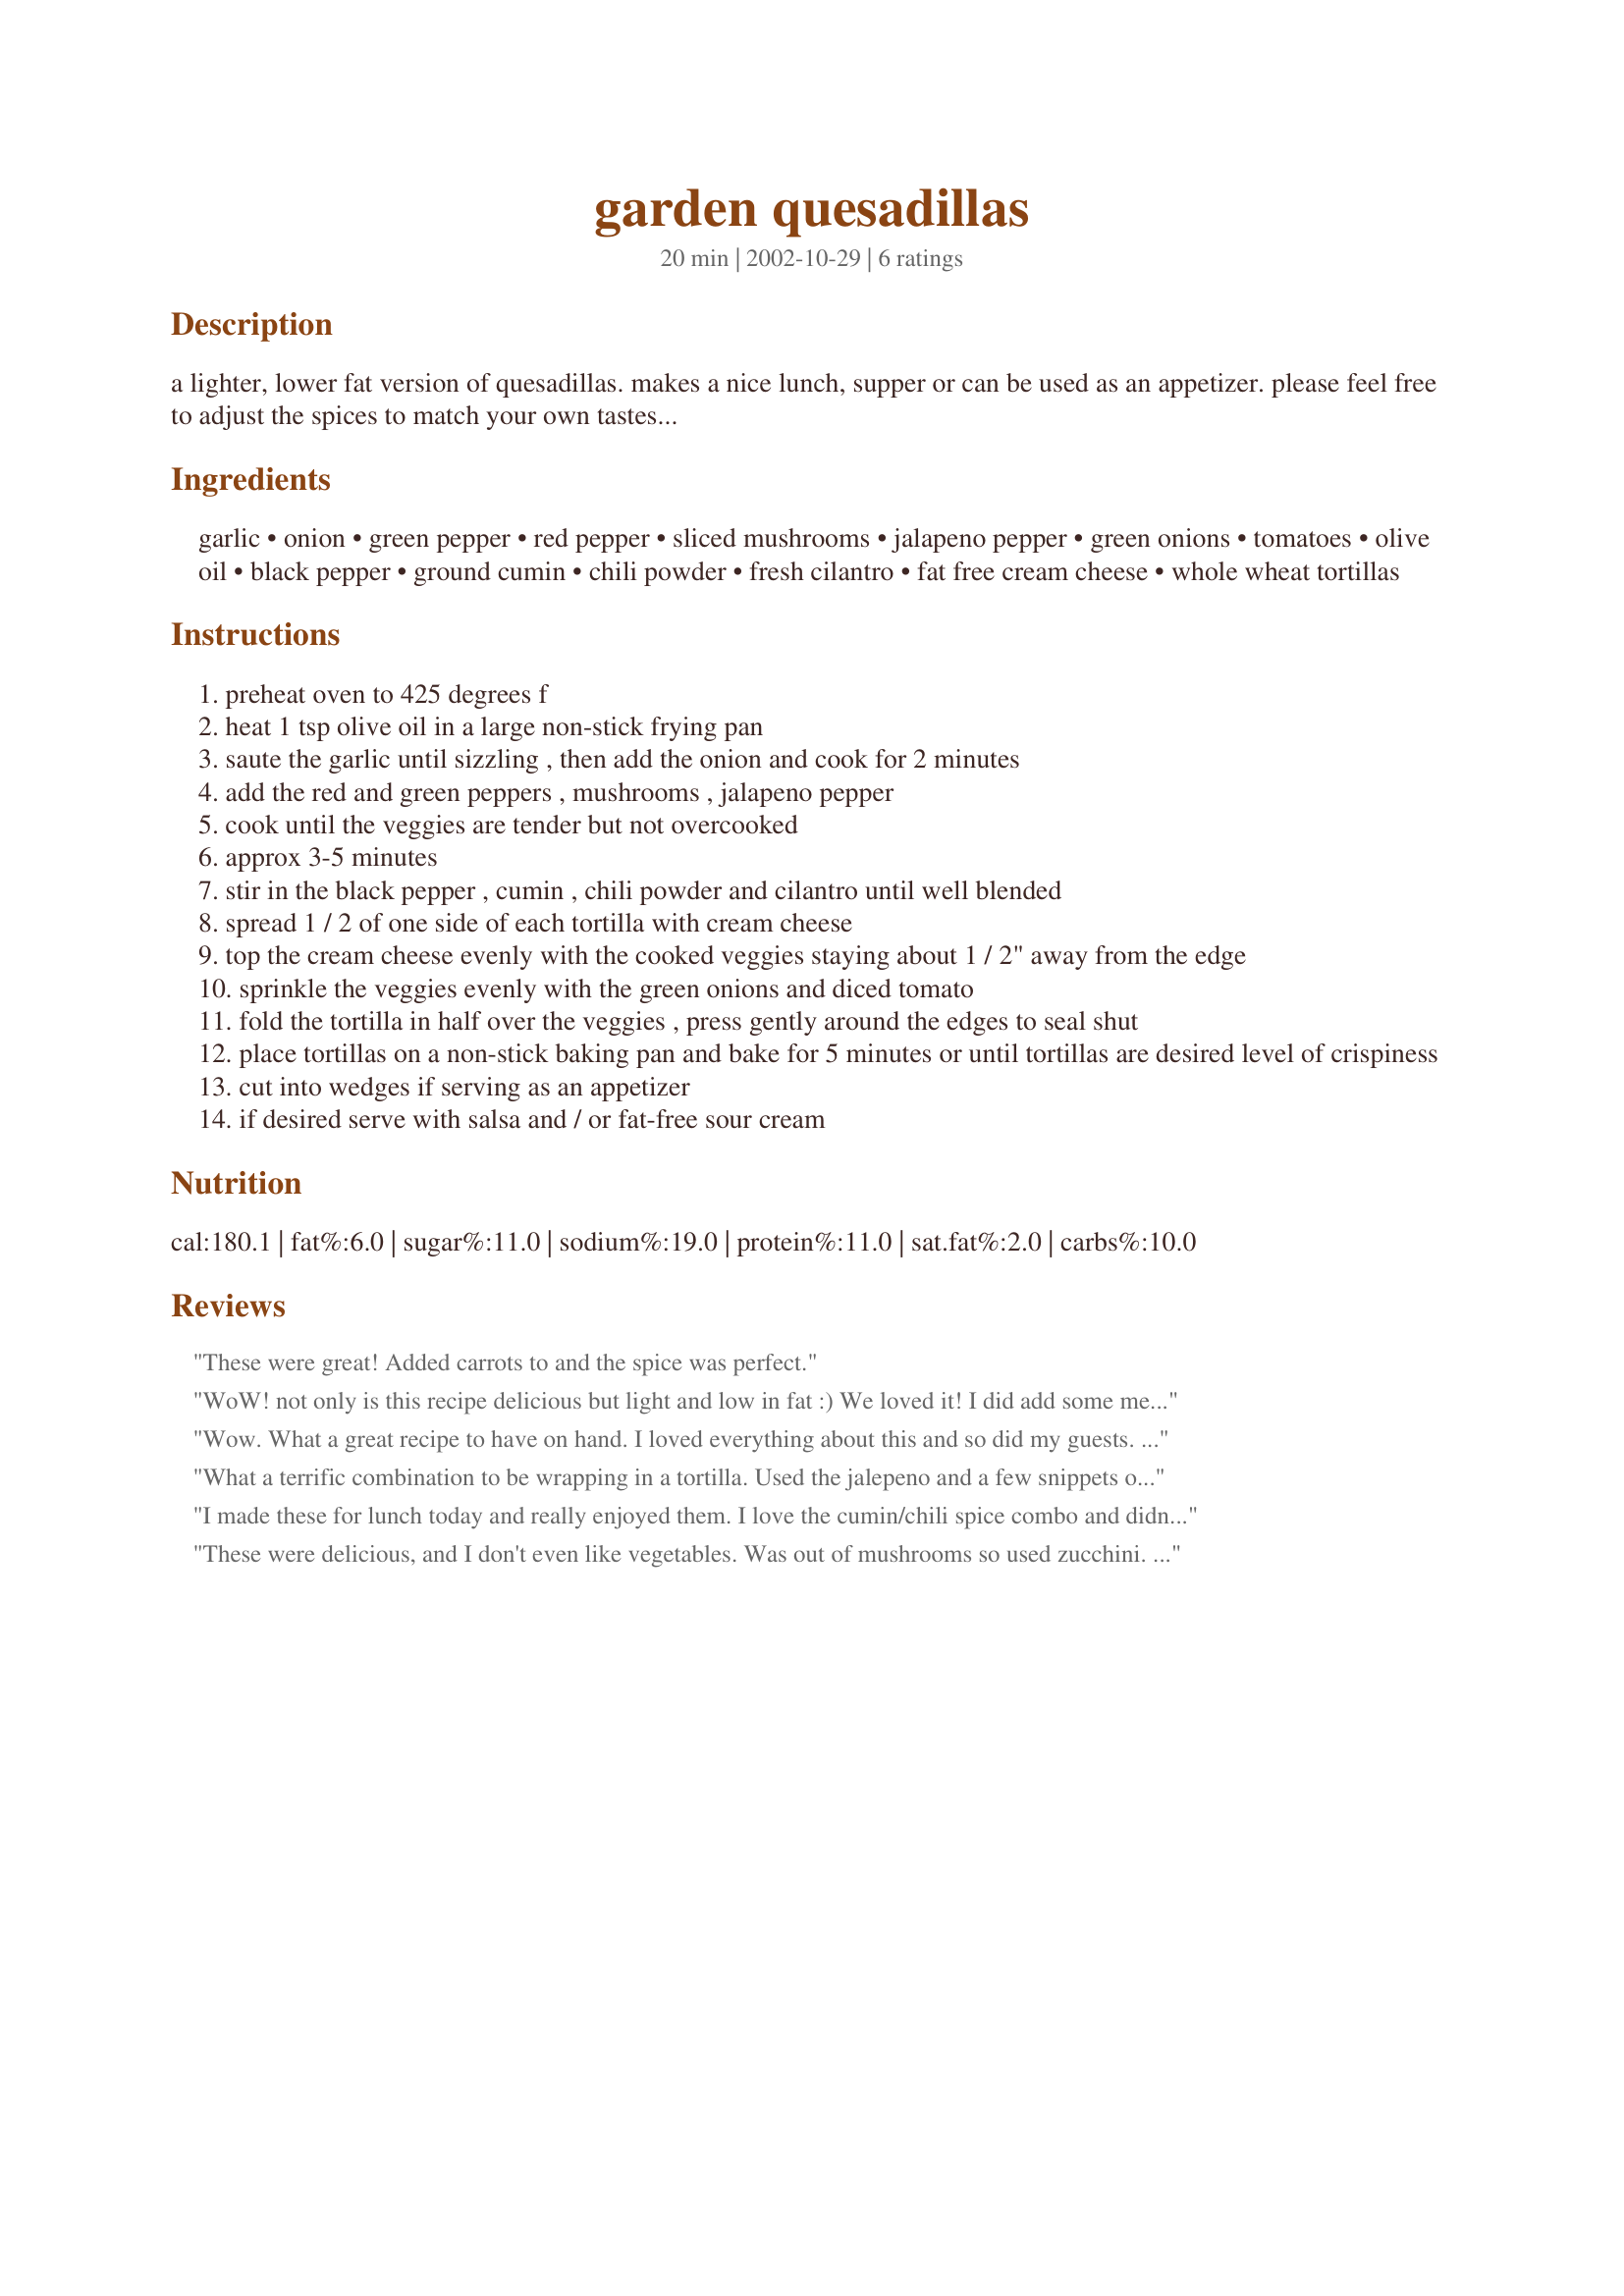
garden quesadillas
Preparation time: 20 minutes

a lighter, lower fat version of quesadillas. makes a nice lunch, supper or can be used as an appetizer. please feel free to adjust the spices to match your own tastes...

Ingredients:
garlic, onion, green pepper, red pepper, sliced mushrooms, jalapeno pepper, green onions, tomatoes, olive oil, black pepper, ground cumin, chili powder, fresh cilantro, fat free cream cheese, whole wheat tortillas

Steps:
preheat oven to 425 degrees f
heat 1 tsp olive oil in a large non-stick frying pan
saute the garlic until sizzling , then add the onion and cook for 2 minutes
add the red and green peppers , mushrooms , jalapeno pepper
cook until the veggies are tender but not overcooked
approx 3-5 minutes
stir in the black pepper , cumin , chili powder and cilantro until well blended
spread 1 / 2 of one side of each tortilla with cream cheese
top the cream cheese evenly with the cooked veggies staying about 1 / 2" away from the edge
sprinkle the veggies evenly with the green onions and diced tomato
fold the tortilla in half over the veggies , press gently around the edges to seal shut
place tortillas on a non-stick baking pan and bake for 5 minutes or until tortillas are desired level of crispiness
cut into wedges if serving as an appetizer
if desired serve with salsa and / or fat-free sour cream

Reviews:
These were great! Added carrots to and the spice was perfect.
WoW! not only is this recipe delicious but light and low in fat :) We loved it! I did add some meat to ours. We had grilled some pork spare ribs (without a sauce) yesterday and I wanted to use it up today, so I grounded up some meat and added to the veggies before making the quesadillas. I also added yellow peppers and I used the low carb tortillas :) This will be made many of times. Thanks for sharing the recipe!!
Wow. What a great recipe to have on hand. I loved everything about this and so did my guests. I made half as you directed but had trouble with the tortillas tearing. The other half I sprinkled all the veggie mixture onto one tortilla toped it with a little Monterey Jack Cheese and placed another tortilla on top and kinda smashed it together gently. When done, I quartered them and served. Worked great. thanks
What a terrific combination to be wrapping in a tortilla.
Used the jalepeno and a few snippets of cilantro. This was wonderful served with homemade salsa and sour cream. Great lunch. I can hardly wait to be serving this as an appetizer! Thank you Pixie.
I made these for lunch today and really enjoyed them. I love the cumin/chili spice combo and didn't feel any need for salsa with the fresh tomato and green onions. I do think just a little srinkle of salt on the veggies would liven up the flavour. Next time I will also sprinkle a wee bit of sharp cheddar on top of the veggies (just enough to perk it up without losing the low fat quality of the recipe). Perhaps with the cheddar there would not be a need for salt. Thanks for posting this yummy recipe.
These were delicious, and I don't even like vegetables. Was out of mushrooms so used zucchini. The spices made a huge difference and as much as i dislike low fat cream cheese "raw" its perfectly fine when heated with spices.

Thanks so much for posting this, i needed a low fat quick lunch, was starving.
